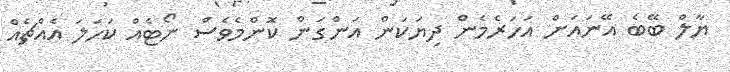
ޔާލް ބޭބެ އޭނައަށް އަހަރެމެން ދިޔަކަން އަންގަން ކޮންމެވެސް ނޯޓެއް ކަހަލަ އެއްޗެއް